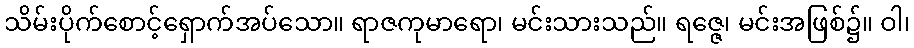
သိမ်းပိုက်စောင့်ရှောက်အပ်သော။ ရာဇကုမာရော၊ မင်းသားသည်။ ရဇ္ဇေ၊ မင်းအဖြစ်၌။ ဝါ၊